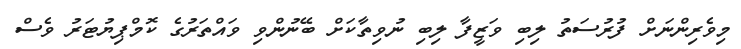
މިވެރިންނަށް ފުރުސަތު ލިބި ވަޒީފާ ލިބި ނުވިތާކަށް ބޭނުންވި ވައްތަރުގެ ކޮމްޕިޔުޓަރު ވެސް